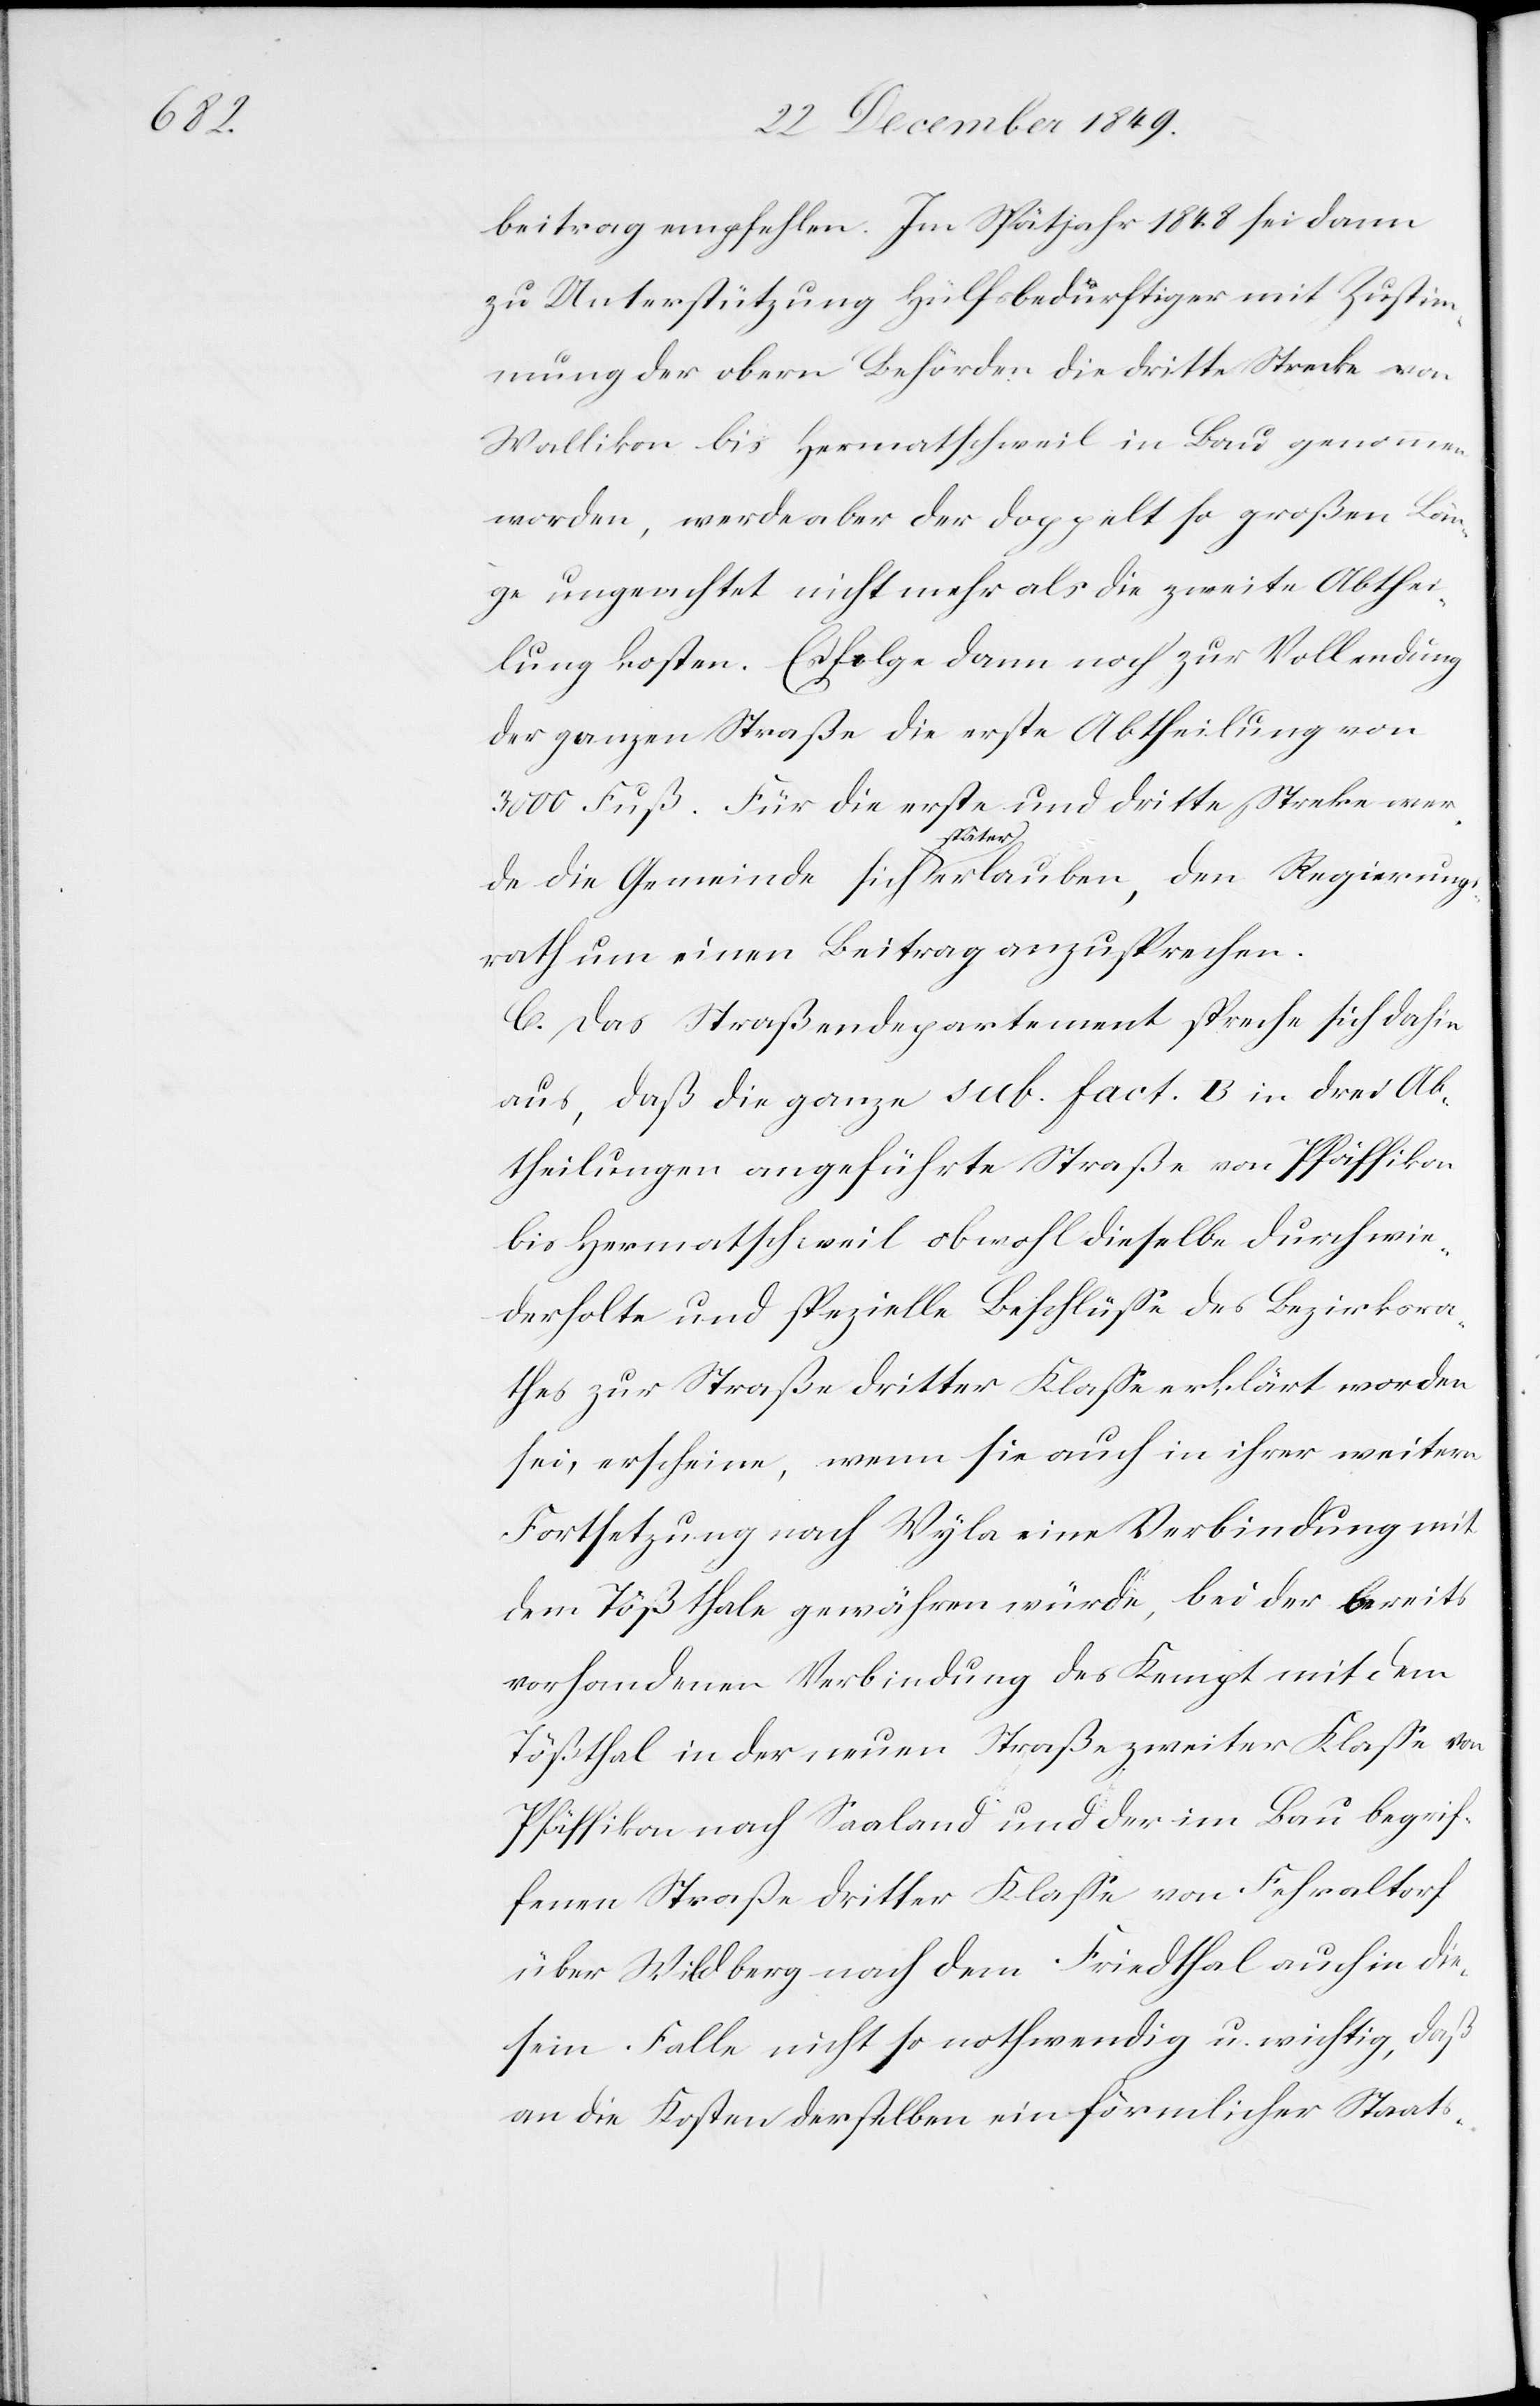
beitrag empfehlen. Im Spätjahr 1848 sei dann
zu Unterstützung Hülfsbedürftiger mit Zustim¬
mung der obern Behörden die dritte Strecke von
Wallikon bis Hermatschweil in Bau genommen
worden, werde der doppelt so großen Län¬
ge ungeachtet nicht mehr als die zweite Abthei¬
lung kosten. Es folge dann noch zur Vollendung
der ganzen Straße die erste Abtheilung von
3000 Fuß. Für die erste und dritte Strecke wer¬
de die Gemeinde sich später erlauben, den Regierungs¬
rath um einen Beitrag anzusprechen.
C. Das Straßendepartement spreche sich dahin
aus, daß die ganze sub. fact. B in drei Ab¬
theilungen angeführte Straße von Pfäffikon
bis Hermatschweil obwohl dieselbe durch wie¬
derholte und spezielle Beschlüße des Bezirksra¬
thes zur Straße dritter Klaße erklärt worden
sei, erscheine, wenn sie auch in ihrer weitern
Fortsetzung nach Wyla eine Verbindung mit
dem Tößthale gewähren würde, bei der bereits
vorhandenen Verbindung des Kempt mit dem
Tößthal in der neuen Straße zweiter Klaße von
Pfäffikon nach Saaland und der im Bau begrif¬
fenen Straße dritter Klaße von Fehraltorf
über Wildberg nach dem Friedthal auch in die¬
sem Falle nicht so nothwendig u. wichtig, daß
an die Kosten derselben ein förmlicher Staats-